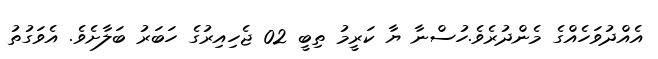
އެއްދުވަހެއްގެ މެންދުރެވެ.ހުސްނާ ޔާ ކަރީމު ތިބީ 02 ޖެހިއިރުގެ ހަބަރު ބަލާށެވެ. އެވަގުތު